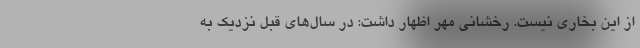
از این بخاری نیست. رخشانی مهر اظهار داشت: در سال‌های قبل نزدیک به